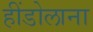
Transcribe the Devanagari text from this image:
हींडोलाना